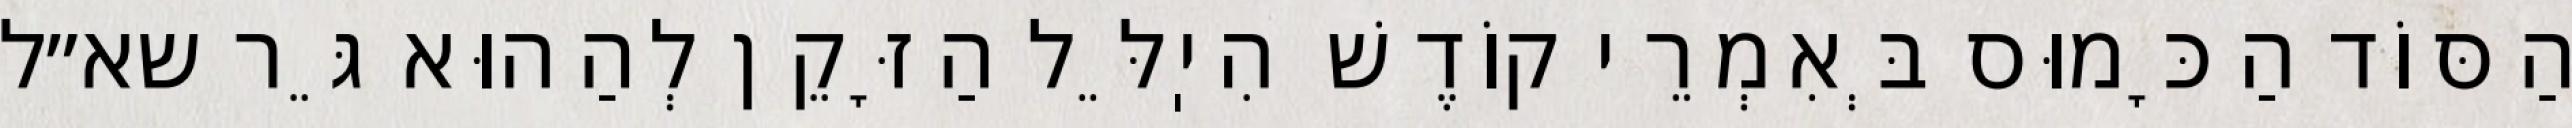
הַסּוֹד הַכָּמוּס בְּאִמְרֵי קוֹדֶשׁ הִיֽלֵּל הַזָּקֵן לְהַהוּא גֵּר שא״ל